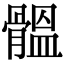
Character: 䯠